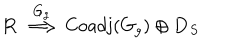
LaTeX: \mathbf { R } \, \stackrel { G _ { g } } { \Longrightarrow } \, \mathrm { C o a d j } ( G _ { g } ) \oplus \mathbf { D } _ { S }